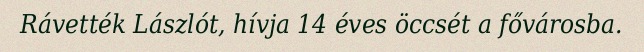
Rávették Lászlót, hívja 14 éves öccsét a fővárosba.